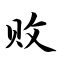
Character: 败